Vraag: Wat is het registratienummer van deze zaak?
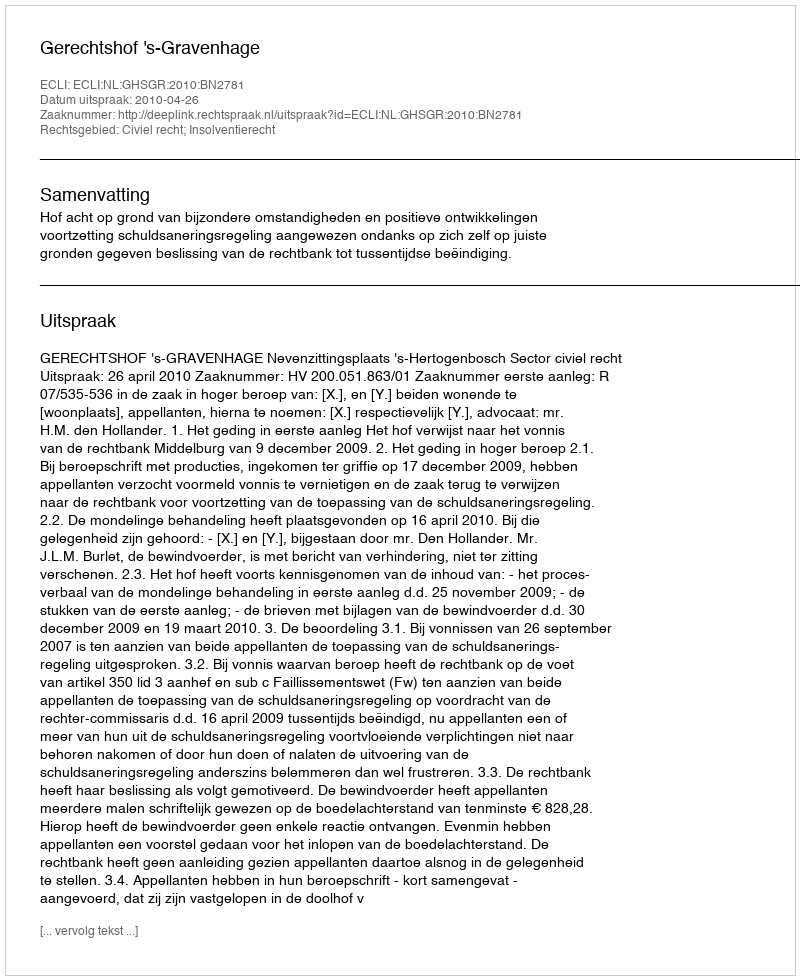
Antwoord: http://deeplink.rechtspraak.nl/uitspraak?id=ECLI:NL:GHSGR:2010:BN2781